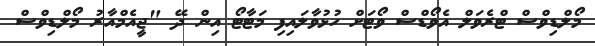
މޯލްޑިވްސް ޓްރެވަލް އެވޯޑްސް ވޯޓަށް ހުޅުވާލައިފި މަޓާޓޯ އިން ދޭ "ޖީއެމްއާރު މޯލްޑިވްސް